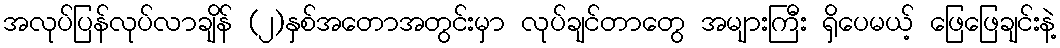
အလုပ်ပြန်လုပ်လာချိန် (၂)နှစ်အတောအတွင်းမှာ လုပ်ချင်တာတွေ အများကြီး ရှိပေမယ့် ဖြေဖြေချင်းနဲ့